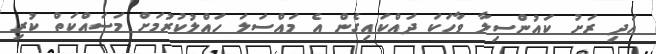
އަދި ރަށު ކައުންސިލާ ވާހަކަ ދައްކައިގެން އެ މައްސަލަ ހައްލުކުރުމަށް މަސައްކަތް ކުރި